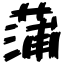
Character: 蒲